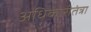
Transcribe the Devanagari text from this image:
अधिकारीतंत्रा